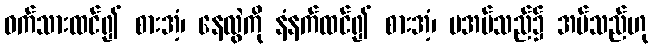
ဝက်သားထင်၍ စားအံ့၊ နေလွဲကို နံနက်ထင်၍ စားအံ့၊ မအပ်သည်၌ အပ်သည်ဟု